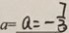
a = a = - \frac { 7 } { 3 }